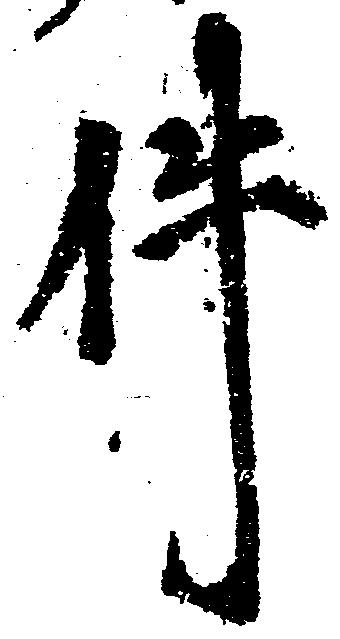
件